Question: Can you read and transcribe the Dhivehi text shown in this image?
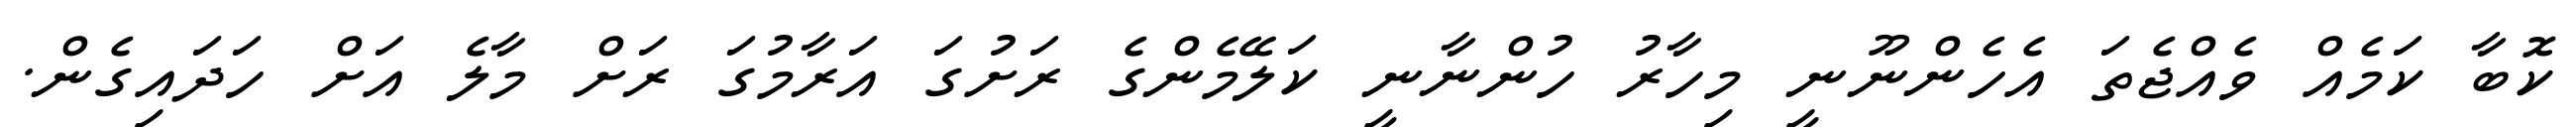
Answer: ކޮބާ ކަމެއް ވެއްޖެތަ އެހެންނޫނީ މިހާރު ހުންނާނީ ކަލޭމެންގެ ރަށުގަ އަރާމުގަ ރަށް މާލެ އަށް ހަދައިގެން.